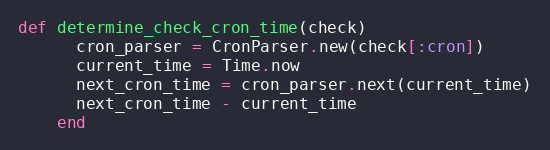
Language: Ruby
def determine_check_cron_time(check)
      cron_parser = CronParser.new(check[:cron])
      current_time = Time.now
      next_cron_time = cron_parser.next(current_time)
      next_cron_time - current_time
    end